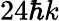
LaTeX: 24\hbar k